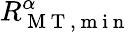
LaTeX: R_{\mathrm{~M~T~,~m~i~n~}}^{\alpha}